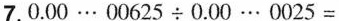
7.0.00…00625÷0.00…0025=